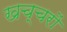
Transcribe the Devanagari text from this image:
खच्‍चरों